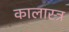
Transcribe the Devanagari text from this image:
कालास्त्र